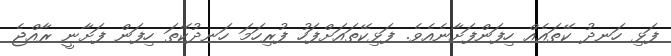
ފަޅި ހަނދު ކޭތައެއް ހިފަންފަށާނެއެވެ. ފަޅިކޭތައަށްފަހު ފުރިހަމަ ހަނދުކޭތަ ހިފަން ފަށާނީ ރާއްޖެ